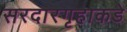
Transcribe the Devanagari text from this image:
सरदारगृहाकडे